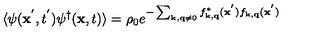
\langle \psi ( { \bf { x } } ^ { ' } , t ^ { ' } ) \psi ^ { \dagger } ( { \bf { x } } , t ) \rangle = \rho _ { 0 } e ^ { - \sum _ { { \bf { k } } , { \bf { q } } \neq 0 } f _ { { \bf { k } } , { \bf { q } } } ^ { * } ( { \bf { x } } ^ { ' } ) f _ { { \bf { k } } , { \bf { q } } } ( { \bf { x } } ^ { ' } ) }